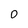
Character: 0